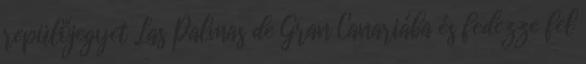
repülőjegyet Las Palmas de Gran Canariába és fedezze fel